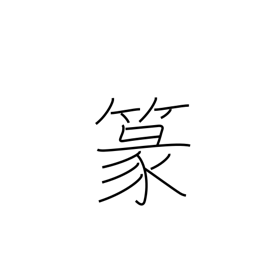
Meaning: seal-style characters